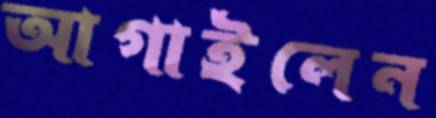
আগাইলেন